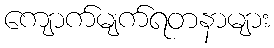
ကျောက်မျက်ရတနာများ